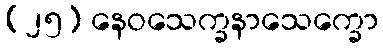
(၂၅) နေဝသေက္ခနာသေက္ခော